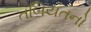
તબિયતનો